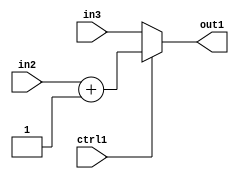
`timescale 1ps / 1ps
/*****************************************************************************
    Verilog RTL Description
    
    
    Created by: Stratus DpOpt 2019.1.01 
*******************************************************************************/

module st_feature_addr_gen_MuxAdd2i1u16u16u1_4_1 (
	in3,
	in2,
	ctrl1,
	out1
	); /* architecture "behavioural" */ 
input [15:0] in3,
	in2;
input  ctrl1;
output [15:0] out1;
wire [15:0] asc001,
	asc002;

assign asc002 = 
	+(in2)
	+(16'B0000000000000001);

reg [15:0] asc001_tmp_0;
assign asc001 = asc001_tmp_0;
always @ (ctrl1 or asc002 or in3) begin
	case (ctrl1)
		1'B1 : asc001_tmp_0 = asc002 ;
		default : asc001_tmp_0 = in3 ;
	endcase
end

assign out1 = asc001;
endmodule

/* CADENCE  v7X2Qwo= : u9/ySgnWtBlWxVPRXgAZ4Og= ** DO NOT EDIT THIS LINE ******/